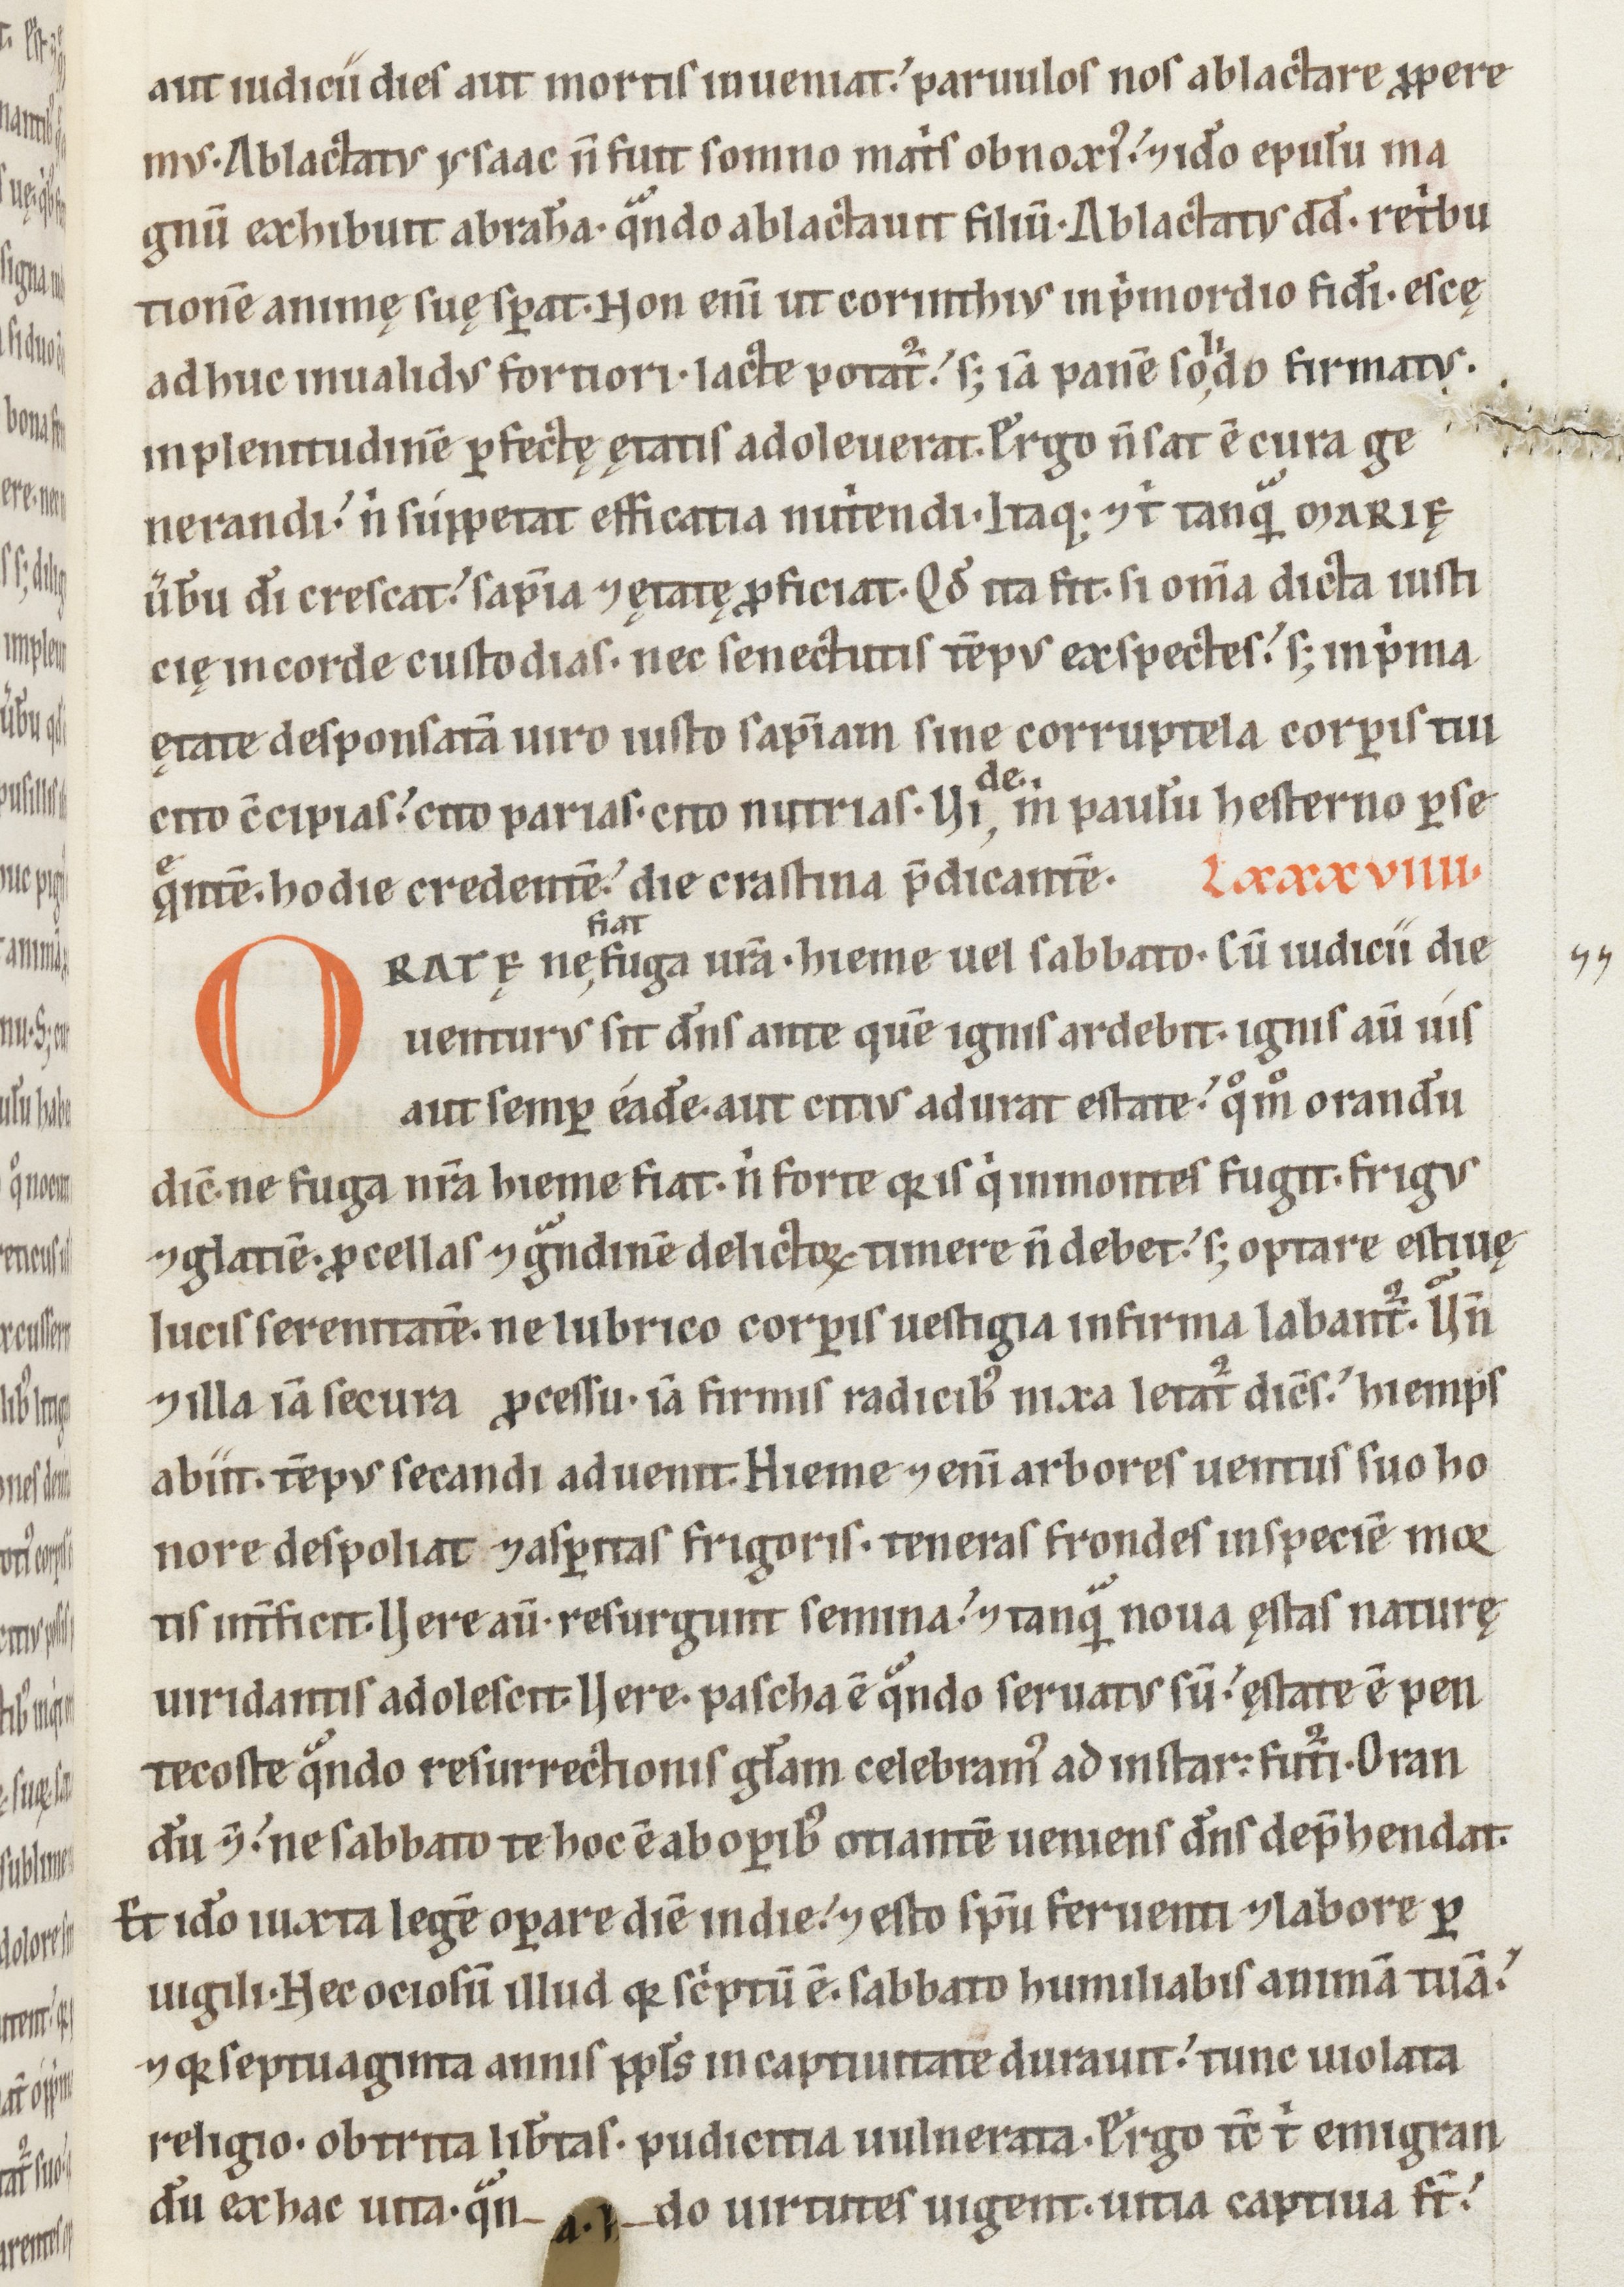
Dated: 1100–1199